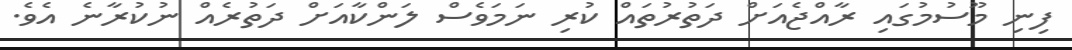
ފިނި މޫސުމުގައި ރާއްޖެއަށް ދަތުރުތައް ކުރި ނަމަވެސް ލަންކާއަށް ދަތުރެއް ނުކުރާނެ އެވެ.